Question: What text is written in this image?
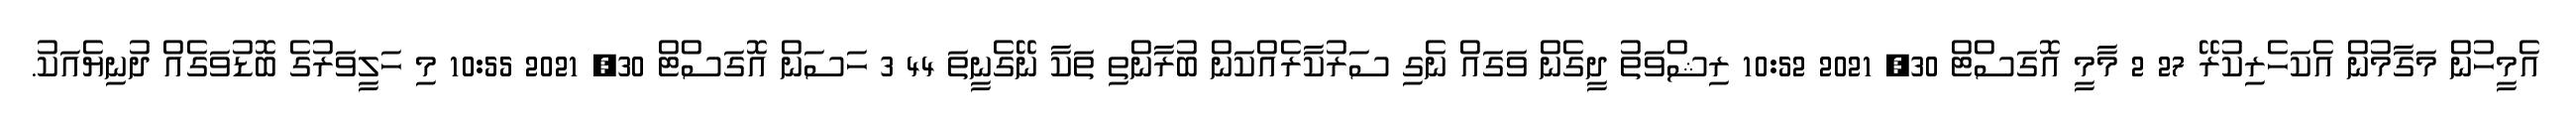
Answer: އެމީހުން މަގާމުން އެކަހެރިކުރޭ 27 2 މާމީ އޮގަސްޓް 30, 2021 10:52 ރިޝްވަތު ދީގެން ވަގައް ނެގި ސަރުކާރެއްކަން ބުރާންތި ތަކާ ނޭގެނީތަ 44 3 ހަސަން އޮގަސްޓް 30, 2021 10:55 މި ހަލީވަރުގެ ބޮޑުވަގެއް ދުނިޔެއަކު.